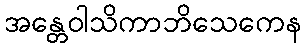
အန္တေဝါသိကာဘိသေကေန